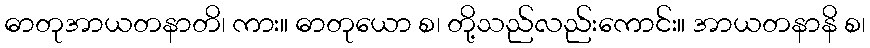
ဓာတုအာယတနာတိ၊ ကား။ ဓာတုယော စ၊ တို့သည်လည်းကောင်း။ အာယတနာနိ စ၊